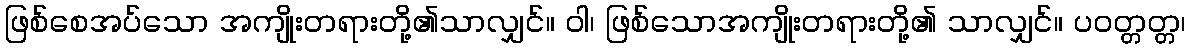
ဖြစ်စေအပ်သော အကျိုးတရားတို့၏သာလျှင်။ ဝါ၊ ဖြစ်သောအကျိုးတရားတို့၏ သာလျှင်။ ပဝတ္တတ္တ၊